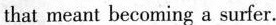
that meant becoming a surfer.